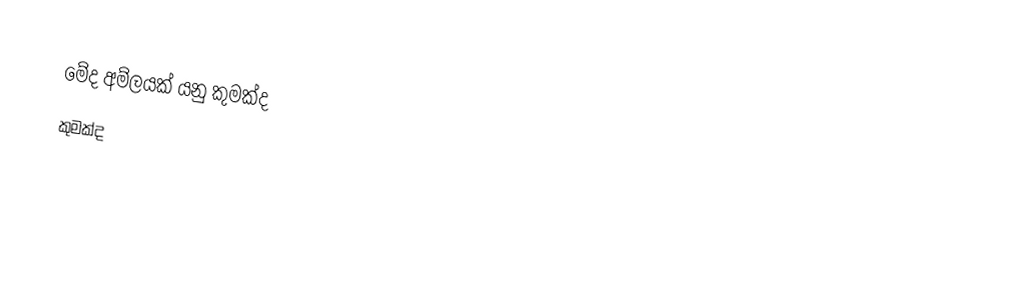
මේද අම්ලයක් යනු කුමක්ද
කුමක්ද